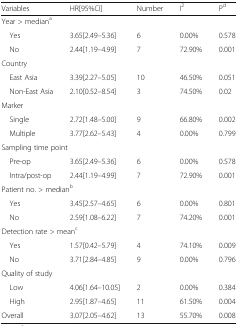
<table><thead><tr><td><b>Variables</b></td><td><b>HR[95%CI]</b></td><td><b>Number</b></td><td><b>I<sup>2</sup></b></td><td><b>P<sup>d</sup></b></td></tr></thead><tbody><tr><td colspan="5">Year &gt; median<sup>a</sup></td></tr><tr><td> Yes</td><td>3.65[2.49–5.36]</td><td>6</td><td>0.00%</td><td>0.578</td></tr><tr><td> No</td><td>2.44[1.19–4.99]</td><td>7</td><td>72.90%</td><td>0.001</td></tr><tr><td colspan="5">Country</td></tr><tr><td> East Asia</td><td>3.39[2.27–5.05]</td><td>10</td><td>46.50%</td><td>0.051</td></tr><tr><td> Non-East Asia</td><td>2.10[0.52–8.54]</td><td>3</td><td>74.50%</td><td>0.02</td></tr><tr><td colspan="5">Marker</td></tr><tr><td> Single</td><td>2.72[1.48–5.00]</td><td>9</td><td>66.80%</td><td>0.002</td></tr><tr><td> Multiple</td><td>3.77[2.62–5.43]</td><td>4</td><td>0.00%</td><td>0.799</td></tr><tr><td colspan="5">Sampling time point</td></tr><tr><td> Pre-op</td><td>3.65[2.49–5.36]</td><td>6</td><td>0.00%</td><td>0.578</td></tr><tr><td> Intra/post-op</td><td>2.44[1.19–4.99]</td><td>7</td><td>72.90%</td><td>0.001</td></tr><tr><td colspan="5">Patient no. &gt; median<sup>b</sup></td></tr><tr><td> Yes</td><td>3.45[2.57–4.65]</td><td>6</td><td>0.00%</td><td>0.801</td></tr><tr><td> No</td><td>2.59[1.08–6.22]</td><td>7</td><td>74.20%</td><td>0.001</td></tr><tr><td colspan="5">Detection rate &gt; mean<sup>c</sup></td></tr><tr><td> Yes</td><td>1.57[0.42–5.79]</td><td>4</td><td>74.10%</td><td>0.009</td></tr><tr><td> No</td><td>3.71[2.84–4.85]</td><td>9</td><td>0.00%</td><td>0.796</td></tr><tr><td colspan="5">Quality of study</td></tr><tr><td> Low</td><td>4.06[1.64–10.05]</td><td>2</td><td>0.00%</td><td>0.384</td></tr><tr><td> High</td><td>2.95[1.87–4.65]</td><td>11</td><td>61.50%</td><td>0.004</td></tr><tr><td>Overall</td><td>3.07[2.05–4.62]</td><td>13</td><td>55.70%</td><td>0.008</td></tr></tbody></table>